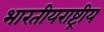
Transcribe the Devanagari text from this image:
भारतीयराष्ट्रीय